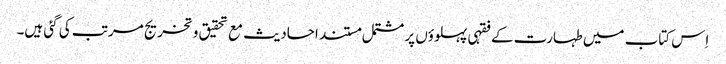
اِس کتاب میں طہارت کے فقہی پہلوؤں پر مشتمل مستند احادیث مع تحقیق و تخریج مرتب کی گئی ہیں۔